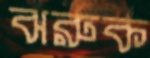
ঝরুক